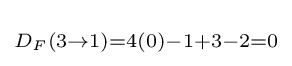
\scriptstyle D_{F}(3\rightarrow 1)=4(0)-1+3-2=0